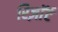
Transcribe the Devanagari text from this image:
रिज़ाॅर्ट